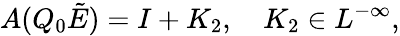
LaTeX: A(Q_{0}\tilde{E})=I+K_{2},\quad K_{2}\in L^{-\infty},